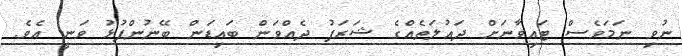
ނުވި ނަމަވެސް ޓައިވާނަށް ދައުލަތެއްގެ ޝަރަފު ދެއްވަން ބައިޑަން ބޭނުންފުޅު ވަނީ އެވެ.